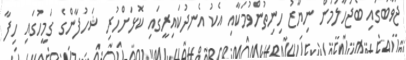
ޖަވާބުގައި ބޯޖަހާލަމުން ނިޔާޒު ހިނިތުންވުމަކާއި އެކު އެނދުކައިރީގައި ކޮޅަށްހުރި ޝަހުފާންގެ ގަމީހުގައި ހިފާ